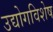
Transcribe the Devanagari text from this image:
उद्योगविशेष